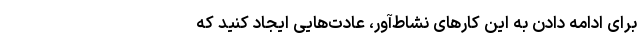
برای ادامه دادن به این کار‌های نشاط‌آور، عادت‌هایی ایجاد کنید که